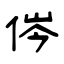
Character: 侺